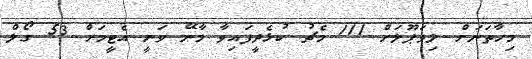
މިހާތަނަށް ލިވަޕޫލަށް 111 މެޗު ކުޅެދީފައިވާ މާނޭ ވަނީ އެޓީމަށް 53 ގޯލް